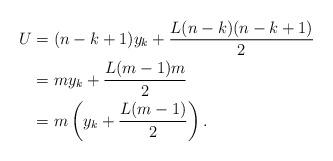
LaTeX: \begin{align*} U &= (n-k+1)y_k+ \frac{L(n-k)(n-k+1)}{2} \\ &= m y_k+ \frac{L(m-1)m}{2}\\ &= m\left(y_k+\frac{L(m-1)}{2}\right). \end{align*}